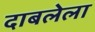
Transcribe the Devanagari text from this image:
दाबलेला